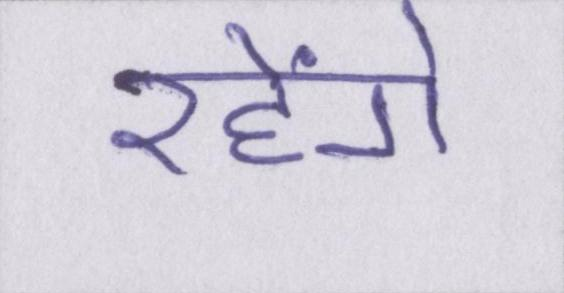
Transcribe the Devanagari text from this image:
रहेंगे